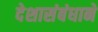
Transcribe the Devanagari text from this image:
देशासंबंधाने